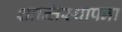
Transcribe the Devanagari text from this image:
शान्तिस्थापना